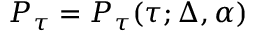
P _ { \tau } = P _ { \tau } ( \tau ; \Delta , \alpha )